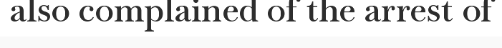
also complained of the arrest of